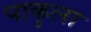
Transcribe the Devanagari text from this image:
पाकुला